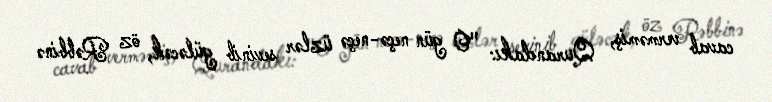
cavab verməmiş, Qurandakı: "O gün neçə-neçə üzlər sevinib güləcək, öz Rəbbinə